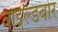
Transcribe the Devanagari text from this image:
वाइल्डबोर